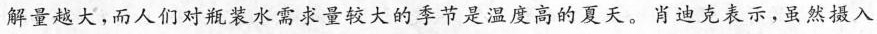
解量越大，而人们对瓶装水需求量较大的季节是温度高的夏天。肖迪克表示，虽然摄入